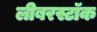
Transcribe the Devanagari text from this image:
लीबरस्टॉक